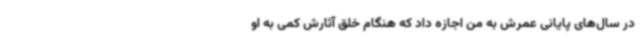
در سال‌های پایانی عمرش به من اجازه داد که هنگام خلق آثارش کمی به او